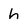
Character: h